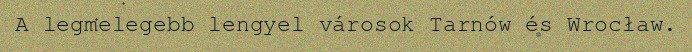
A legmelegebb lengyel városok Tarnów és Wrocław.